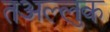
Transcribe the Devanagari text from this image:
तअल्लुक